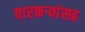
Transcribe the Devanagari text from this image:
वारकऱ्यांसह